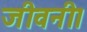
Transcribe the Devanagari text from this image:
जीवनी।